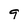
Character: 9